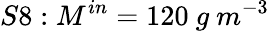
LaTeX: S8:M^{in}=120\ g\ m^{-3}